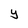
Character: y